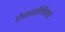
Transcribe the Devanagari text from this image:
ऐकडमिक्स